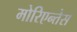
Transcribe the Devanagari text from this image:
मोरिएन्तेस